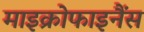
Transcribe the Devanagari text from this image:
माइक्रोफाइनैंस